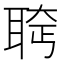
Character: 𫆄